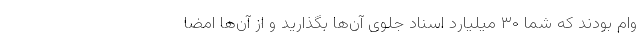
وام بودند که شما ۳۰ میلیارد اسناد جلوی آن‌ها بگذارید و از آن‌ها امضا